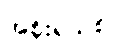
အစိုးရသစ်